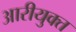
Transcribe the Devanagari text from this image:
आरीयुक्त